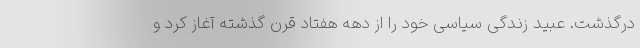
درگذشت. عبید زندگی سیاسی خود را از دهه هفتاد قرن گذشته آغاز کرد و